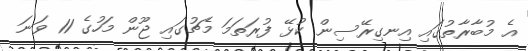
އެ މުބާރާތުގައި އިނގިރޭސިން ކުޅޭ ފުރަތަމަ މެޗުގައި ޖޫން މަހުގެ 11 ވަނަ